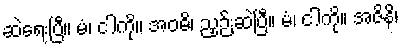
ဆဲရေးပြီ။ မံ၊ ငါကို။ အဝဓိ၊ ညှဉ်းဆဲပြီ။ မံ၊ ငါကို။ အဇိနိ၊